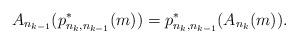
LaTeX: \begin{align*} A_{n_{k-1}}(p^*_{n_k, n_{k-1}}(m)) = p^*_{n_k, n_{k-1}}(A_{n_k}(m)).\end{align*}